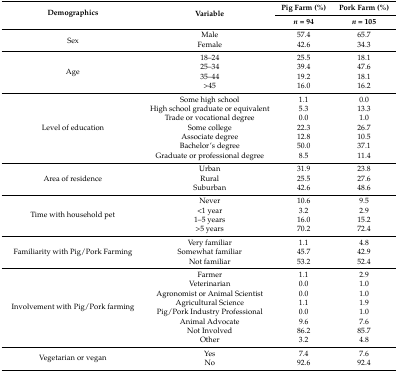
<table><thead><tr><td rowspan="2"><b>Demographics</b></td><td rowspan="2"><b>Variable</b></td><td><b>Pig Farm (%)</b></td><td><b>Pork Farm (%)</b></td></tr><tr><td><b><i>n</i> = 94</b></td><td><b><i>n</i> = 105</b></td></tr></thead><tbody><tr><td rowspan="2">Sex</td><td>Male</td><td>57.4</td><td>65.7</td></tr><tr><td>Female</td><td>42.6</td><td>34.3</td></tr><tr><td rowspan="4">Age</td><td>18–24</td><td>25.5</td><td>18.1</td></tr><tr><td>25–34</td><td>39.4</td><td>47.6</td></tr><tr><td>35–44</td><td>19.2</td><td>18.1</td></tr><tr><td>&gt;45</td><td>16.0</td><td>16.2</td></tr><tr><td rowspan="7">Level of education</td><td>Some high school</td><td>1.1</td><td>0.0</td></tr><tr><td>High school graduate or equivalent</td><td>5.3</td><td>13.3</td></tr><tr><td>Trade or vocational degree</td><td>0.0</td><td>1.0</td></tr><tr><td>Some college</td><td>22.3</td><td>26.7</td></tr><tr><td>Associate degree</td><td>12.8</td><td>10.5</td></tr><tr><td>Bachelor’s degree</td><td>50.0</td><td>37.1</td></tr><tr><td>Graduate or professional degree</td><td>8.5</td><td>11.4</td></tr><tr><td rowspan="3">Area of residence</td><td>Urban</td><td>31.9</td><td>23.8</td></tr><tr><td>Rural</td><td>25.5</td><td>27.6</td></tr><tr><td>Suburban</td><td>42.6</td><td>48.6</td></tr><tr><td rowspan="4">Time with household pet</td><td>Never</td><td>10.6</td><td>9.5</td></tr><tr><td>&lt;1 year</td><td>3.2</td><td>2.9</td></tr><tr><td>1–5 years</td><td>16.0</td><td>15.2</td></tr><tr><td>&gt;5 years</td><td>70.2</td><td>72.4</td></tr><tr><td rowspan="3">Familiarity with Pig/Pork Farming</td><td>Very familiar</td><td>1.1</td><td>4.8</td></tr><tr><td>Somewhat familiar</td><td>45.7</td><td>42.9</td></tr><tr><td>Not familiar</td><td>53.2</td><td>52.4</td></tr><tr><td rowspan="8">Involvement with Pig/Pork farming</td><td>Farmer</td><td>1.1</td><td>2.9</td></tr><tr><td>Veterinarian</td><td>0.0</td><td>1.0</td></tr><tr><td>Agronomist or Animal Scientist</td><td>0.0</td><td>1.0</td></tr><tr><td>Agricultural Science</td><td>1.1</td><td>1.9</td></tr><tr><td>Pig/Pork Industry Professional</td><td>0.0</td><td>1.0</td></tr><tr><td>Animal Advocate</td><td>9.6</td><td>7.6</td></tr><tr><td>Not Involved</td><td>86.2</td><td>85.7</td></tr><tr><td>Other</td><td>3.2</td><td>4.8</td></tr><tr><td rowspan="2">Vegetarian or vegan</td><td>Yes</td><td>7.4</td><td>7.6</td></tr><tr><td>No</td><td>92.6</td><td>92.4</td></tr></tbody></table>